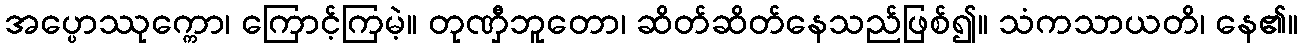
အပ္ပောဿုက္ကော၊ ကြောင့်ကြမဲ့။ တုဏှီဘူတော၊ ဆိတ်ဆိတ်နေသည်ဖြစ်၍။ သံကသာယတိ၊ နေ၏။